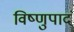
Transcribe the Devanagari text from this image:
विष्णुपादं